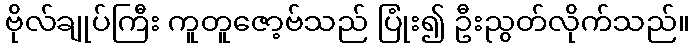
ဗိုလ်ချုပ်ကြီး ကူတူဇော့ဗ်သည် ပြုံး၍ ဦးညွတ်လိုက်သည်။